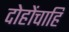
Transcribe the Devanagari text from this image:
दोहोंचाहि